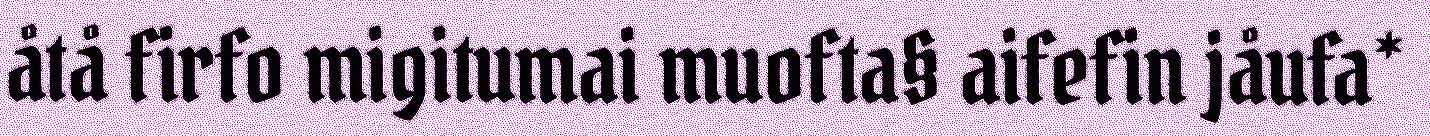
åtå firfo migitumai muofta§ aifefin jåufa*